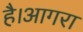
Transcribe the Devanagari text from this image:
है।आगरा